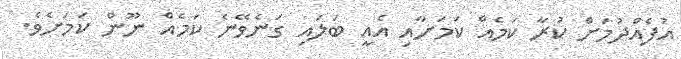
އުފެއްދުމަށް ކުރާ ކަމެއް ކަމަށާއި އެއީ ބަލައި ގަނެވޭނެ ކަމެއް ނޫން ކަމަށެވެ.